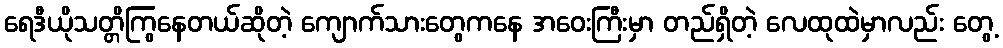
ရေဒီယိုသတ္တိကြွနေတယ်ဆိုတဲ့ ကျောက်သားတွေကနေ အဝေးကြီးမှာ တည်ရှိတဲ့ လေထုထဲမှာလည်း တွေ့